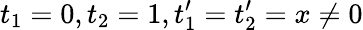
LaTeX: t_{1}=0,t_{2}=1,t_{1}^{\prime}=t_{2}^{\prime}=x\neq 0